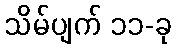
သိမ်ပျက် ၁၁-ခု